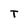
Character: T